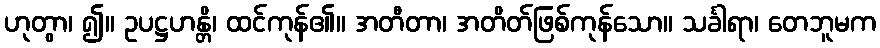
ဟုတွာ၊ ၍။ ဥပဋ္ဌဟန္တိ၊ ထင်ကုန်၏။ အတီတာ၊ အတိတ်ဖြစ်ကုန်သော။ သင်္ခါရာ၊ တေဘူမက